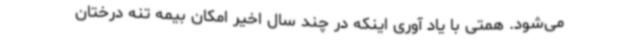
می‌شود. همتی با یاد آوری اینکه در چند سال اخیر امکان بیمه تنه درختان